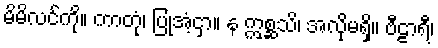
မိမိလင်ကို။ ကာတုံ၊ ပြုအံ့ငှာ။ န ဣစ္ဆသိ၊ အလိုမရှိ။ ဗီဠာရီ၊